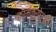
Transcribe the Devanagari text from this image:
कामक्रोधरूपी